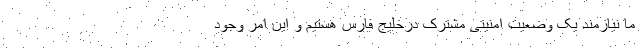
ما نیازمند یک وضعیت امنیتی مشترک درخلیج فارس هستیم و این امر وجود